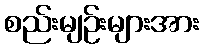
စည်းမျဉ်းများအား